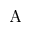
\mathrm { A }